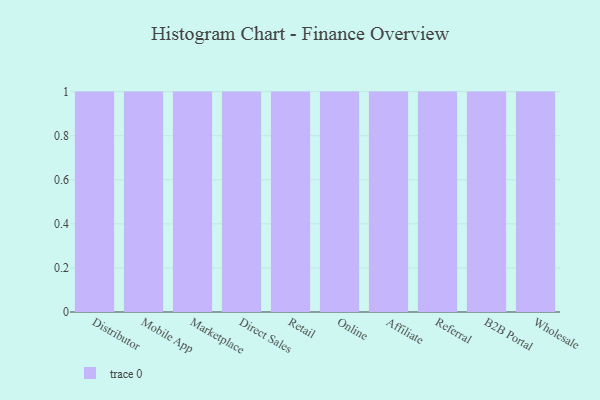
{"axis": {"x": "Channel", "y": "Revenue (USD Million)"}, "legend": [""], "data": [{"x": "Distributor", "y": 99, "type": ""}, {"x": "Mobile App", "y": 32, "type": ""}, {"x": "Marketplace", "y": 76, "type": ""}, {"x": "Direct Sales", "y": 3, "type": ""}, {"x": "Retail", "y": 24, "type": ""}, {"x": "Online", "y": 80, "type": ""}, {"x": "Affiliate", "y": 54, "type": ""}, {"x": "Referral", "y": 9, "type": ""}, {"x": "B2B Portal", "y": 22, "type": ""}, {"x": "Wholesale", "y": 54, "type": ""}]}